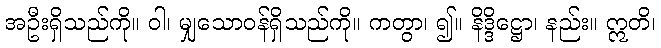
အဦးရှိသည်ကို။ ဝါ၊ မျှသောဝန်ရှိသည်ကို။ ကတွာ၊ ၍။ နိဒ္ဒိဋ္ဌော၊ နည်း။ ဣတိ၊